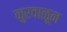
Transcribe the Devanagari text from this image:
कुरवाळून